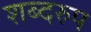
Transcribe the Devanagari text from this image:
शब्दरुप